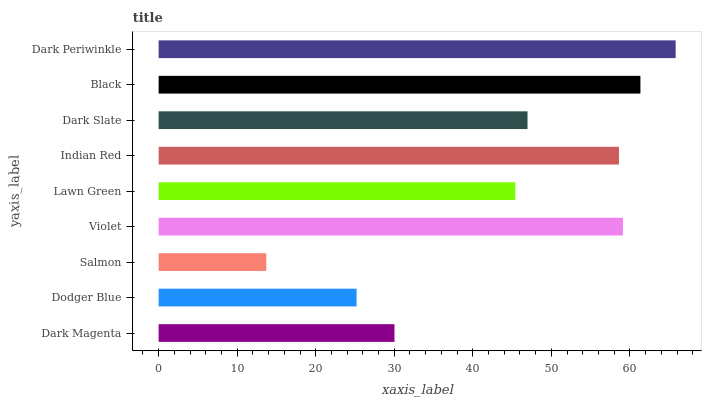
| yaxis_label | bars |
 | --- | --- |
 | Dark Magenta | 30 |
 | Dodger Blue | 25.2 |
 | Salmon | 13.7 |
 | Violet | 59.1 |
 | Lawn Green | 45.4 |
 | Indian Red | 58.6 |
 | Dark Slate | 47 |
 | Black | 61.3 |
 | Dark Periwinkle | 65.8 |